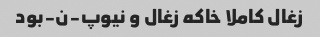
زغال کاملا خاکه زغال و نیوپ-ن-بود